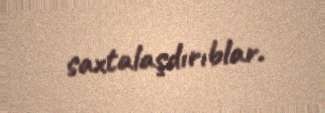
saxtalaşdırıblar.